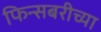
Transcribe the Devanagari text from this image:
फिन्सबरीच्या